Serum-therapy of plague in India - Number 20
Disease focus: Plague
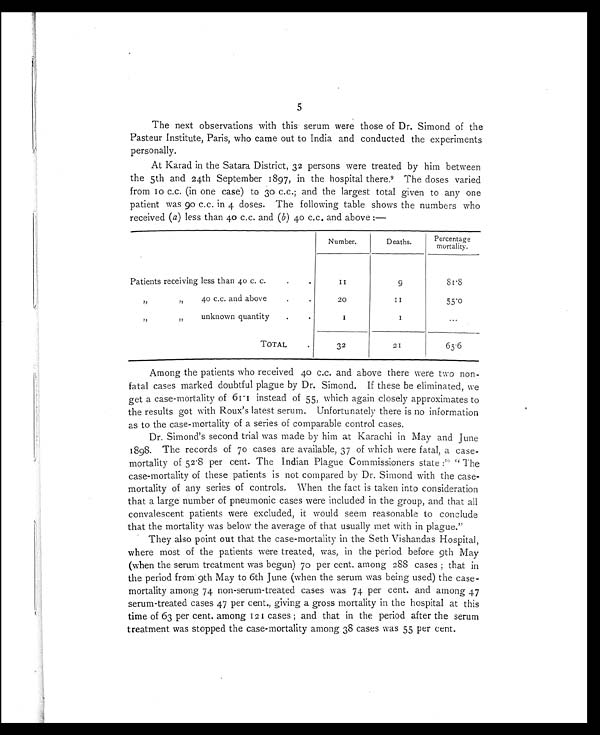
5
The next observations with this serum were those of Dr. Simond of the
Pasteur Institute, Paris, who came out to India and conducted the experiments
personally.
At Karad in the Satara District, 32 persons were treated by him between
the 5th and 24th September 1897, in the hospital there.9 The doses varied
from 10 c.c. (in one case) to 30 c.c.; and the largest total given to any one
patient was 90 c.c. in 4 doses. The following table shows the numbers who
received ( a ) less than 40 c.c. and ( b ) 40 c.c. and above :—
Patients receiving less than 40 c. c..
Number.
Deaths.
Percentage
mortality.
11
9
81.8
Patients receiving 40 c.c. and above. ...
.
20
1 1
55.0
P a t i e n t s r e c e i v i n g u n k n o w n q u a n t i t y . ..
1
1
...
TOTAL .
32
21
65.6
Among the patients who received 40 c.c. and above there were two non-
fatal cases marked doubtful plague by Dr. Simond. If these be eliminated, we
get a case-mortality of 61.1 instead of 55, which again closely approximates to
the results got with Roux's latest serum. Unfortunately there is no information
as to the case-mortality of a series of comparable control cases.
Dr. Simond's second trial was made by him at Karachi in May and June
1898. The records of 70 cases are available, 37 of which were fatal, a case-
mortality of 52.8 per cent. The Indian Plague Commissioners state : 10 " The
case-mortality of these patients is not compared by Dr. Simond with the case-
mortality of any series of controls. When the fact is taken into consideration
that a large number of pneumonic cases were included in the group, and that all
convalescent patients were excluded, it would seem reasonable to conclude
that the mortality was below the average of that usually met with in plague."
They also point out that the case-mortality in the Seth Vishandas Hospital,
where most of the patients were treated, was, in the period before 9th May
(when the serum treatment was begun) 70 per cent. among 288 cases; that in
the period from 9th May to 6th June (when the serum was being used) the case-
mortality among 74 non-serum-treated cases was 74 per cent. and among 47
serum-treated cases 47 per cent., giving a gross mortality in the hospital at this
time of 63 per cent. among 121 cases; and that in the period after the serum
treatment was stopped the case-mortality among 38 cases was 55 per cent.